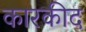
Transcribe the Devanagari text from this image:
कारकीद